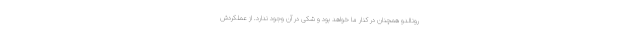
رونالدو همچنان در کنار ما خواهد بود و شکی در آن وجود ندارد. از عملکردش